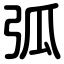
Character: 弧